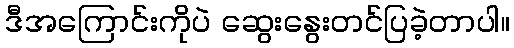
ဒီအကြောင်းကိုပဲ ဆွေးနွေးတင်ပြခဲ့တာပါ။